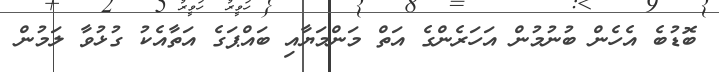
ބޮޑުބެ އެހެން ބުނުމުން އަހަރެންގެ އަތް މަންމަޔާއި ބައްޕަގެ އަތާއެކު ގުޅުވާ ލަމުން